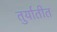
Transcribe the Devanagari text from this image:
तुर्यातीत